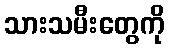
သားသမီးတွေကို